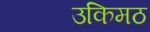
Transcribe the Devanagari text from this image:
उकिमठ